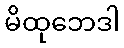
မိထုဘေဒါ